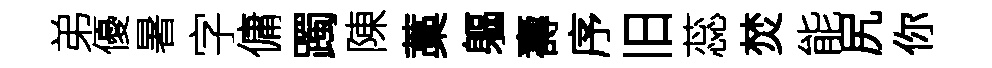
弟優暑字傭躅陳藁軀壽序旧蕊焚能尻你